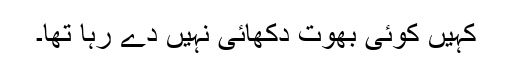
کہیں کوئی بھوت دکھائی نہیں دے رہا تھا۔